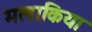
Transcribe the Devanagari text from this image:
मलाकिया